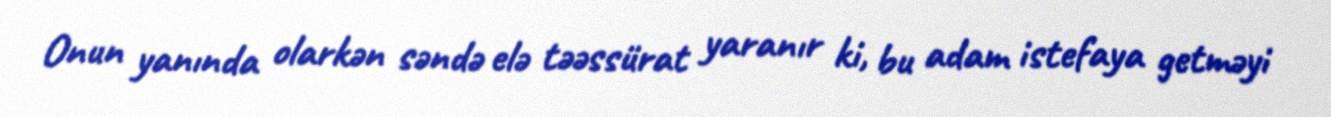
Onun yanında olarkən səndə elə təəssürat yaranır ki, bu adam istefaya getməyi